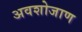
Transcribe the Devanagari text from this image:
अवशोजाण